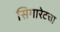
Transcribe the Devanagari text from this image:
सिगारेटचा